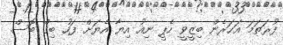
ފުރަތަމަ އަހަރެން ބިޒީވީ ހެޕީ ނިއު އިޔާ އެޔަށް ފަހު ބިގް ބޮސް